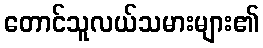
တောင်သူလယ်သမားများ၏